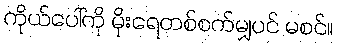
ကိုယ်ပေါ်ကို မိုးရေတစ်စက်မျှပင် မစင်။